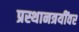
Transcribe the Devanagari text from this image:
प्रस्थानत्रयींवर